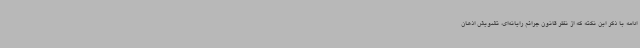
ادامه با ذکر این نکته که از نظر قانون جرائم رایانه‌ای، تشویش اذهان